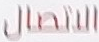
الاتصال